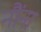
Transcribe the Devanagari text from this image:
नौंना